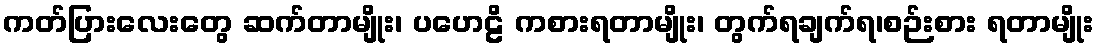
ကတ်ပြားလေးတွေ ဆက်တာမျိုး၊ ပဟေဠိ ကစားရတာမျိုး၊ တွက်ရချက်ရ၊စဉ်းစား ရတာမျိုး